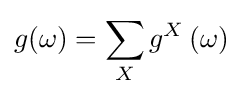
g(\omega )=\sum _{X}{g^{X}\left(\omega \right)}